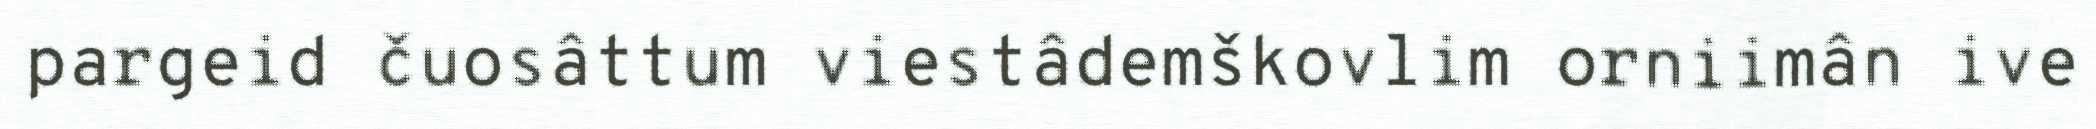
pargeid čuosâttum viestâdemškovlim orniimân ive